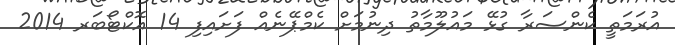
އުރަމަތީ ކެންސަރާ ގުޅޭ މައުލޫމާތު ދިނުމަށް ކެމްޕޭނެއް ފަށައިފި 14 އޮކްޓޯބަރ 2014